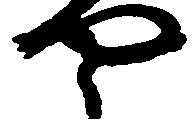
や